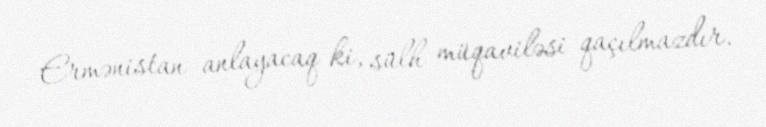
Ermənistan anlayacaq ki, sülh müqaviləsi qaçılmazdır.